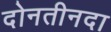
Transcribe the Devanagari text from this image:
दोनतीनदा